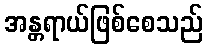
အန္တရာယ်ဖြစ်စေသည်